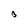
Character: B